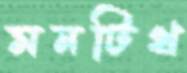
মনটিথ